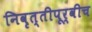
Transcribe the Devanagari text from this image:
निवृत्तीपूर्वीच